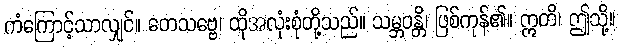
ကံကြောင့်သာလျှင်။ တေသဗ္ဗေ၊ ထိုအလုံးစုံတို့သည်။ သမ္ဘဝန္တိ၊ ဖြစ်ကုန်၏။ ဣတိ၊ ဤသို့။